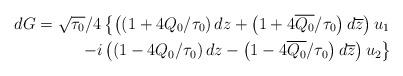
LaTeX: \begin{align*}dG=\sqrt{\tau_0}/4\left\{\left(\left(1+4Q_0/\tau_0\right)dz+\left(1+4\overline{Q_0}/\tau_0\right)d\overline{z}\right)u_1\right.\\\left.-i\left(\left(1-4Q_0/\tau_0\right)dz-\left(1-4\overline{Q_0}/\tau_0\right)d\overline{z}\right)u_2\right\}\end{align*}